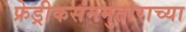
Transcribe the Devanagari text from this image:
फ्रेड्रीकसंनमुतोराच्या